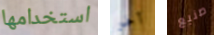
استخدامها آخر صنيع